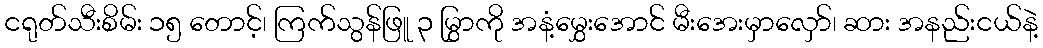
ငရုတ်သီးစိမ်း ၁၅ တောင့်၊ ကြက်သွန်ဖြူ ၃ မြွှာကို အနံ့မွှေးအောင် မီးအေးမှာလှော်၊ ဆား အနည်းငယ်နဲ့